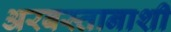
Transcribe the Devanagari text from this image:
अरबस्तानाशी